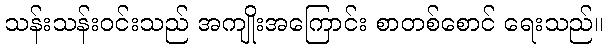
သန်းသန်းဝင်းသည် အကျိုးအကြောင်း စာတစ်စောင် ရေးသည်။